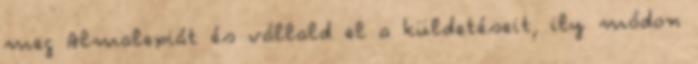
meg Almalexiát és vállald el a küldetéseit, ily módon